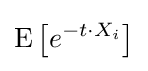
\operatorname {E} \left[e^{-t\cdot X_{i}}\right]